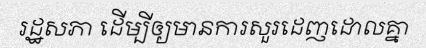
រដ្ឋសភា ដើម្បីឲ្យមានការសួរដេញដោលគ្នា